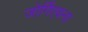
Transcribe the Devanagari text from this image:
जोर्गिएवना